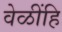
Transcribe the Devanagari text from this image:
वेळींहि